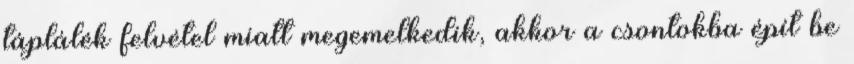
táplálék felvétel miatt megemelkedik, akkor a csontokba épít be